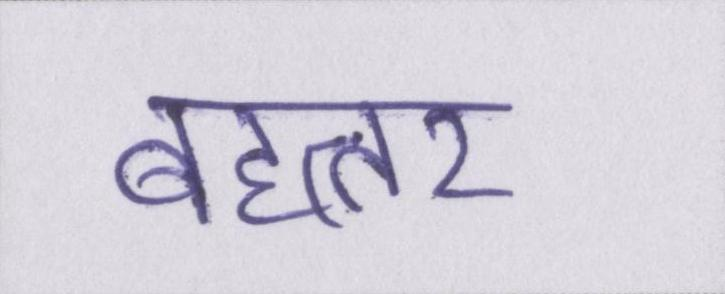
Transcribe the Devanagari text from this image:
बहत्तर